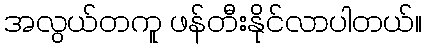
အလွယ်တကူ ဖန်တီးနိုင်လာပါတယ်။